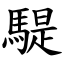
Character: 騠